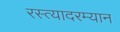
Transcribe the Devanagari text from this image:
रस्त्यादरम्यान